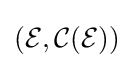
({\mathcal {E}},{\mathcal {C}}({\mathcal {E}}))